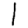
Digit: 1